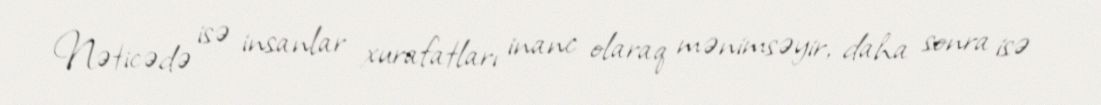
Nəticədə isə insanlar xurafatları inanc olaraq mənimsəyir, daha sonra isə